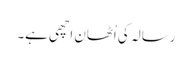
رسالہ کی اُٹھان اچھی ہے۔